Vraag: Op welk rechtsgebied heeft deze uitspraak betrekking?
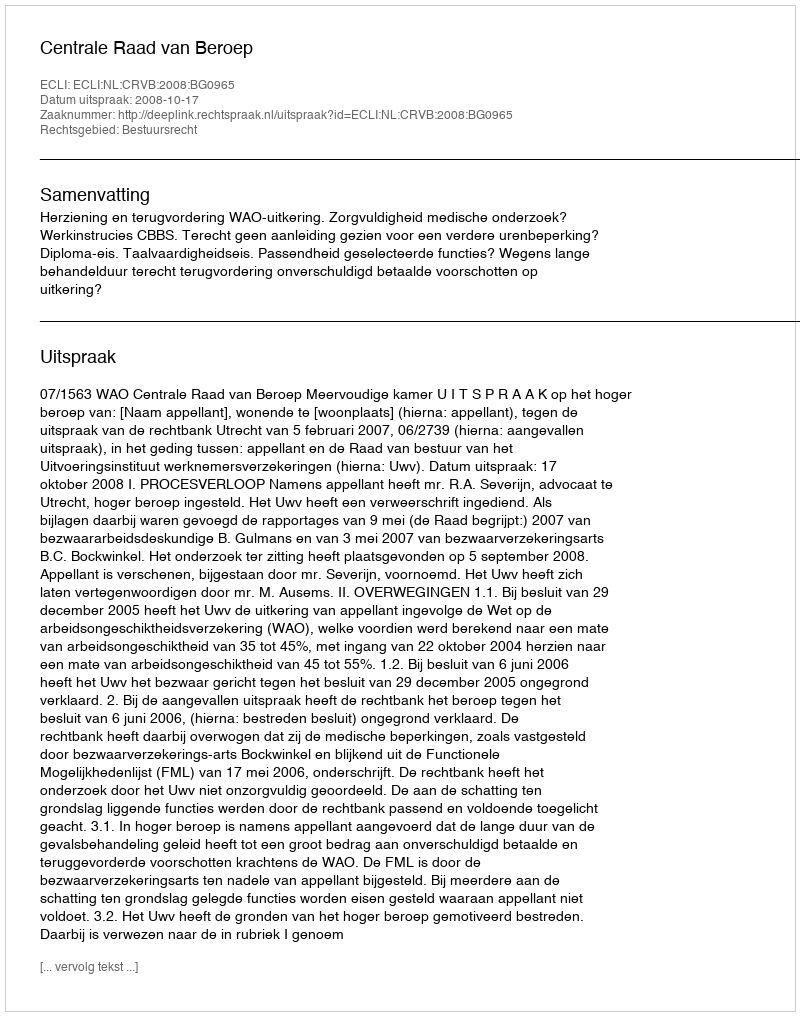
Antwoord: Bestuursrecht